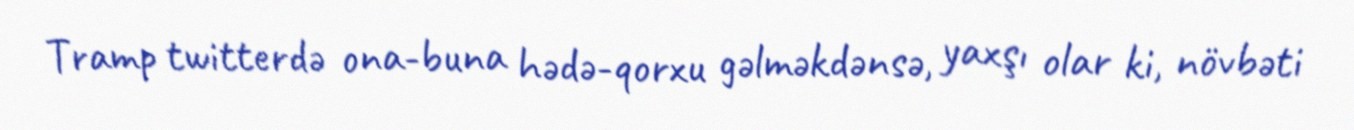
Tramp twitterdə ona-buna hədə-qorxu gəlməkdənsə, yaxşı olar ki, növbəti